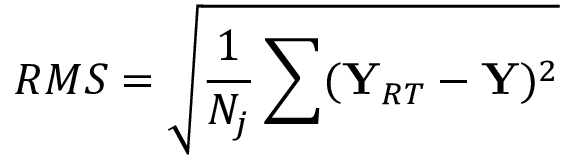
R M S = \sqrt { \frac { 1 } { N _ { j } } \sum ( \mathbf { Y } _ { R T } - \mathbf { Y } ) ^ { 2 } }